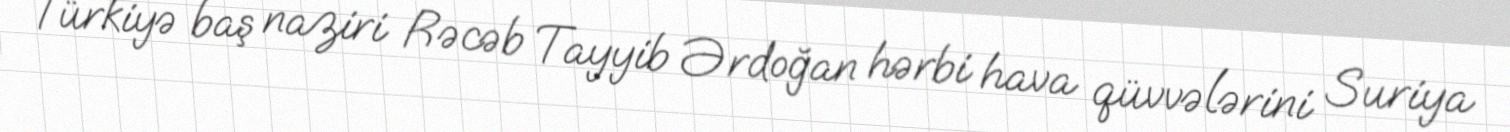
Türkiyə baş naziri Rəcəb Tayyib Ərdoğan hərbi hava qüvvələrini Suriya